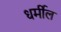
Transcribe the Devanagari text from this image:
धर्मील